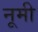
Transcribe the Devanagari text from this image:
नूमी